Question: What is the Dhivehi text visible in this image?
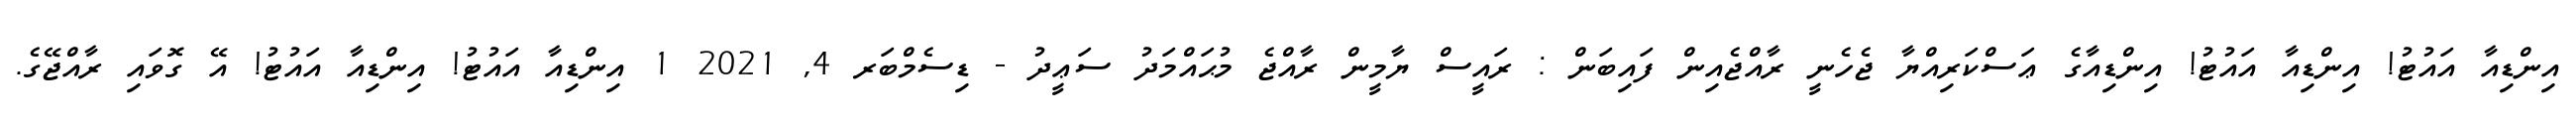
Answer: އިންޑިއާ އައުޓު! އިންޑިއާ އައުޓު! އިންޑިއާގެ ޢަސްކަރިއްޔާ ޖެހެނީ ރާއްޖެއިން ފައިބަން : ރައީސް ޔާމީން ރާއްޖެ މުޙައްމަދު ސަޢީދު - ޑިސެމްބަރ 4, 2021 1 އިންޑިއާ އައުޓު! އިންޑިއާ އައުޓު! އޭ ގޮވައި ރާއްޖޭގެ.